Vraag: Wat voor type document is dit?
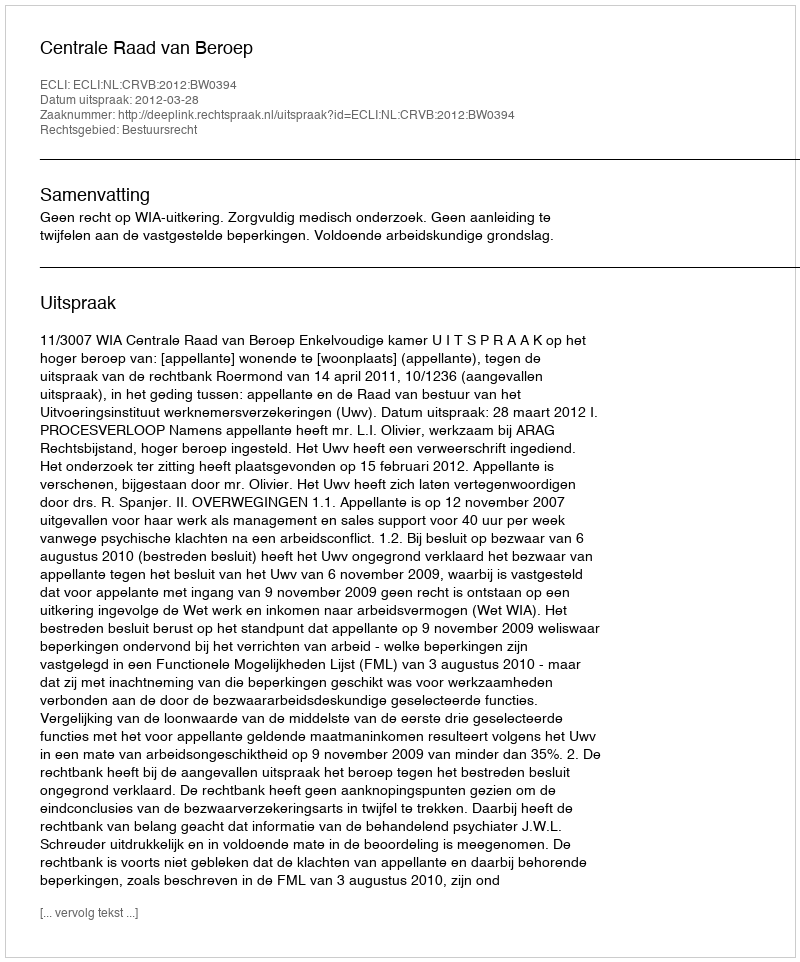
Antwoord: Uitspraak